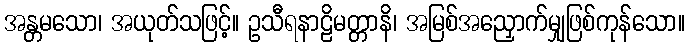
အန္တမသော၊ အယုတ်သဖြင့်။ ဥသီရနာဠိမတ္တာနိ၊ အမြစ်အညှောက်မျှဖြစ်ကုန်သော။